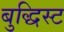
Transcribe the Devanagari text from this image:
बुद्धिस्ट